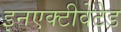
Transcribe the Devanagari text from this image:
इनएक्टीवेटेड